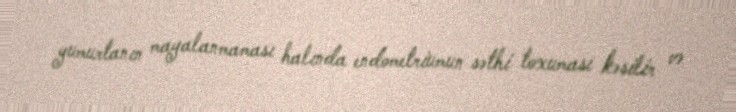
yumurtanın mayalanmaması halında endometriumun səthi toxuması kəsilir və